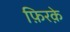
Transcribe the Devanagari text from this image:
फ़िरक़े